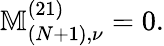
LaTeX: \mathbb{M}_{(N+1),\nu}^{(21)}=0.